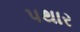
પથાર